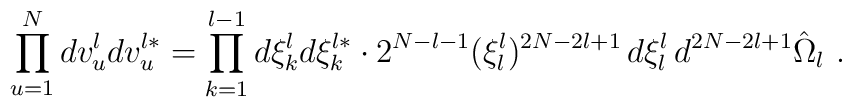
\prod_{u=1}^N dv_u^ldv_u^{l*}=\prod_{k=1}^{l-1}d\xi_k^ld\xi_k^{l*}\cdot2^{N-l-1}(\xi_l^l)^{2N-2l+1}\,d\xi_l^l\,d^{2N-2l+1}\hat\Omega_l\ .